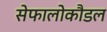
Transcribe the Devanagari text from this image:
सेफालोकौडल